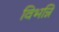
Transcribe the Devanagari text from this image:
विभन्नि